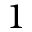
1